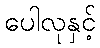
ပေါလုနှင့်